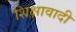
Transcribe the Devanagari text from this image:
शिक्षावादी